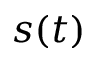
s ( t )